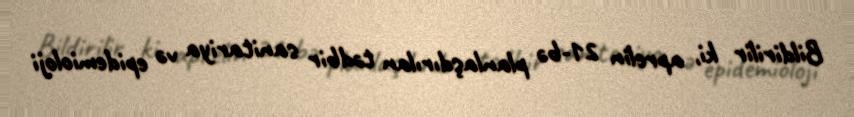
Bildirilir ki, aprelin 21-bə planlaşdırılan tədbir sanitariya və epidemioloji